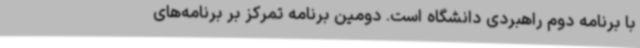
با برنامه دوم راهبردی دانشگاه است. دومین برنامه تمرکز بر برنامه‌های